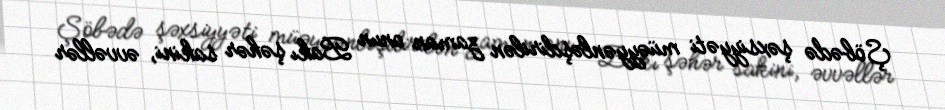
Şöbədə şəxsiyyəti müəyyənləşdirilən zaman onun Bakı şəhər sakini, əvvəllər